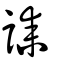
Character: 誄